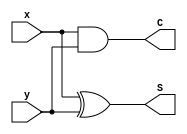
//
//Verilog HDL code for a half adder circuit
//
//Course group:		Group 6
//Schedule:				Wednesday, 9AM - 12PM

module HalfAdder (x, y, C, S);

	input 	x, y;
	output 	C, S;
	
	xor		X1 (S, x, y);
	and 		A1 (C, x, y);
	
endmodule